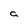
Character: a